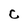
Character: C